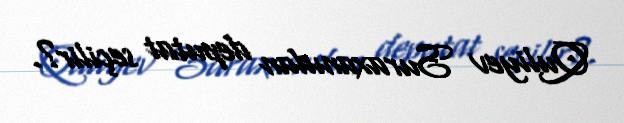
Quliyev Suraxanıdan deputat seçilir?.